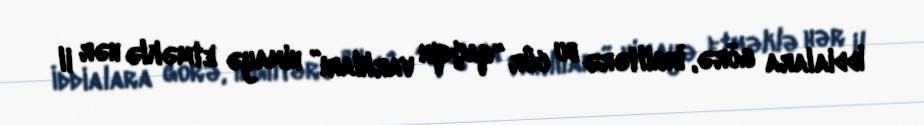
İddialara görə, İngiltərə bu cür “qaçqın varlıları” himayə etməklə hər il